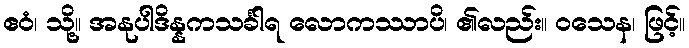
ဧဝံ၊ သို့။ အနုပါဒိန္နကသင်္ခါရ လောကဿာပိ၊ ၏လည်း။ ဝသေန၊ ဖြင့်။